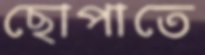
ছোপাতে